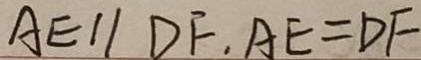
A E / / D F , A E = D F